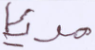
مريئا